King Institute of Preventive Medicine Bacteriolog. Section reports 1907-08
Year: 1907
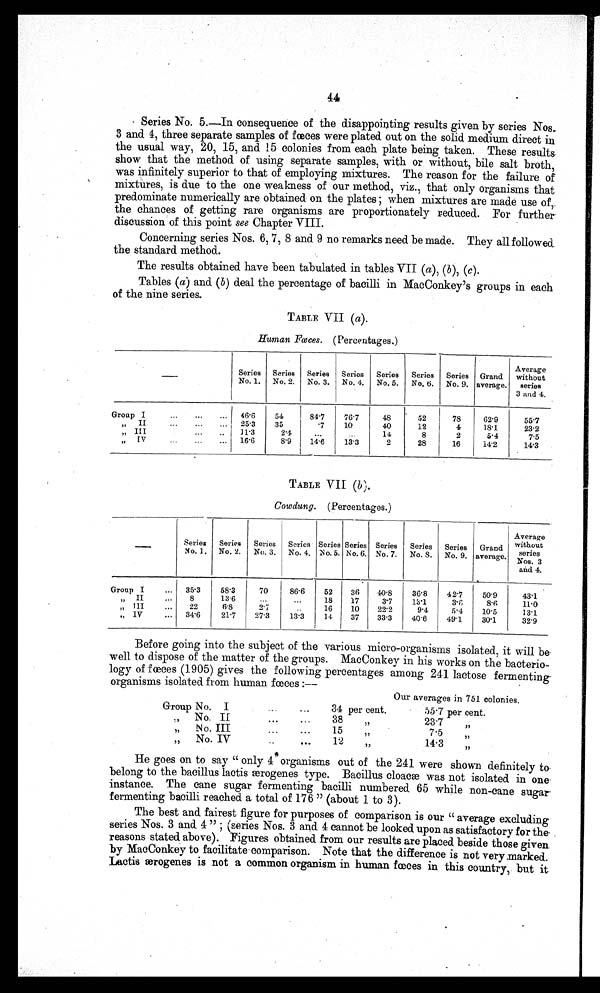
44
Series No. 5.—In consequence of the disappointing results given by series Nos..
3 and 4, three separate samples of fœces were plated out on the solid medium direct in
the usual way, 20, 15, and 15 colonies from each plate being taken. These results.
show that the method of using separate samples, with or without, bile salt broth,
was infinitely superior to that of employing mixtures. The reason for the failure of
mixtures, is due to the one weakness of our method, viz., that only organisms that
predominate numerically are obtained on the plates ; when mixtures are made use of,
the chances of getting rare organisms are proportionately reduced. For further
discussion of this point see Chapter VIII.
Concerning series Nos. 6, 7, 8 and 9 no remarks need be made. They all followed
the standard method.
The results obtained have been tabulated in tables VII (a), (b), (c).
Tables (a) and (b) deal the percentage of bacilli in MacConkey's groups in each
of the nine series.
TABLE VII (a).
Human races. (Percentages.)
—
Series
No. 1.
Series
No. 2.
Series
No. 3.
Series
No. 4.
Series
No. 5.
Series
No, 6.
Series Grand
No. 9. average.
Average
without
series
3 and 4.
Group I
,..
...
... 46. 6
54
8 4 . 7
76.7
48
52
78
62.9
55.7
,,
II
...
... 25.3
35
.7
10
40
12
4
1 8 . 1
23.2
„ III
1 1 . 3
2
. . . 14
8
2
5.4
7.5
IV
...
...
...
16.6
8'9
1 4 . 6
13.3
2
28
16
14.2
14.3
, ,
TABLE VII (b) .
Cowdung. (Percentages.)
—
Average
Series Series Series Series Series Series Series Series Series Grand without
No. 1. No. 2. No. 3. No. 4. No. 5. No. 6. No. 7. No. S. No. 9. average. s e r i e s N o s . 3
and 4.
Group I
... 35. 3
58.3
70
86.6
52
36
40.8
36.8
4 2 . 7
50.9
43.1
„,, I I
. . .
8
13 6
...
...
18
17
3 . 7
1S.1
3.6
8.6
11.0
„ III
...
22
6.8
2.7
16
10
22.2
9.4
5.4
10.5
13.1
„ IV
...
34.6
21.7
27.3
13.3
14
37
33.3
40.6
49.1
30.1
32.9
Before going into the subject of the various micro-organisms isolated, it will be
well to dispose of the matter of the groups. MacConkey in his works on the bacterio-
logy of fœces (1905) gives the following percentages among 241 lactose fermenting-
organisms isolated from human fces :--
Our averages in 751 colonies.
Group No. I...
34 per cent.
55.7 per cent.
..
No. II
38
„
23.7
„
... ...
„
No. III
...
...
15
7.5
„
No. IV
...
12
,,
14.3
He goes on to say "only 4 out of the 241 were shown definitely to
belong to the bacillus lactis ærogenes type. Bacillus cloaca was not isolated in one
instance. The cane sugar fermenting bacilli numbered 65 while non-cane sugar
fermenting bacilli reached a total of 176 " (about 1 to 3).
The best and fairest figure for purposes of comparison is our " average excluding
series Nos. 3 and 4 " ; (series Nos. 3 and. 4 cannot be looked upon as satisfactory for the.
reasons stated above). Figures obtained from our results are placed beside those given.
by MacConkey to facilitate comparison. Note that the difference is not very marked.
Lactis ærogenes is not a common organism in human fœces in this country, but it.